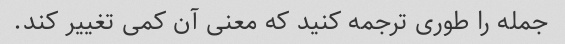
جمله را طوری ترجمه کنید که معنی آن کمی تغییر کند.